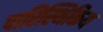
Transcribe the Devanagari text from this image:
पारिस्थिकिय